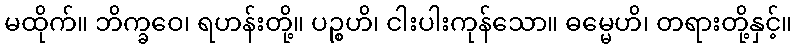
မထိုက်။ ဘိက္ခဝေ၊ ရဟန်းတို့။ ပဉ္စဟိ၊ ငါးပါးကုန်သော။ ဓမ္မေဟိ၊ တရားတို့နှင့်။